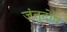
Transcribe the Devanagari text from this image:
जंतुदोष